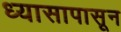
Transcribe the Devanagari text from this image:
ध्यासापासून